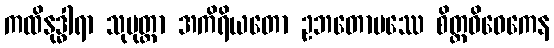
ကထိနုဒ္ဓါရာ သုမုတ္တာ အကိရိယတော ဥဘတောပဿေ စိတ္တဝိဝေကေန